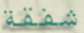
شفقة